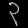
Digit: ၃